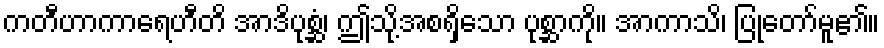
ကတီဟာကာရေဟီတိ အာဒိပုစ္ဆံ၊ ဤသို့အစရှိသော ပုစ္ဆာကို။ အာကာသိ၊ ပြုတော်မူ၏။